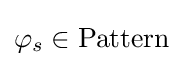
\varphi _{s}\in \mathrm {Pattern}